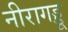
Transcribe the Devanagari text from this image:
नीरागड्डू